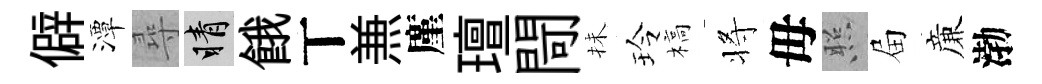
僻潭尋睛餓丅𠔥廑璮閜抺玲槁将毋照屇亷渤